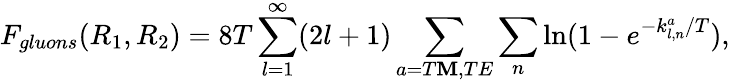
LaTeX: F_{gluons}(R_{1},R_{2})=8T\sum_{l=1}^{\infty}(2l+1)\sum_{a=T\mathbf{M},TE}\sum_{n}\ln(1-e^{-k_{l,n}^{a}/T}),